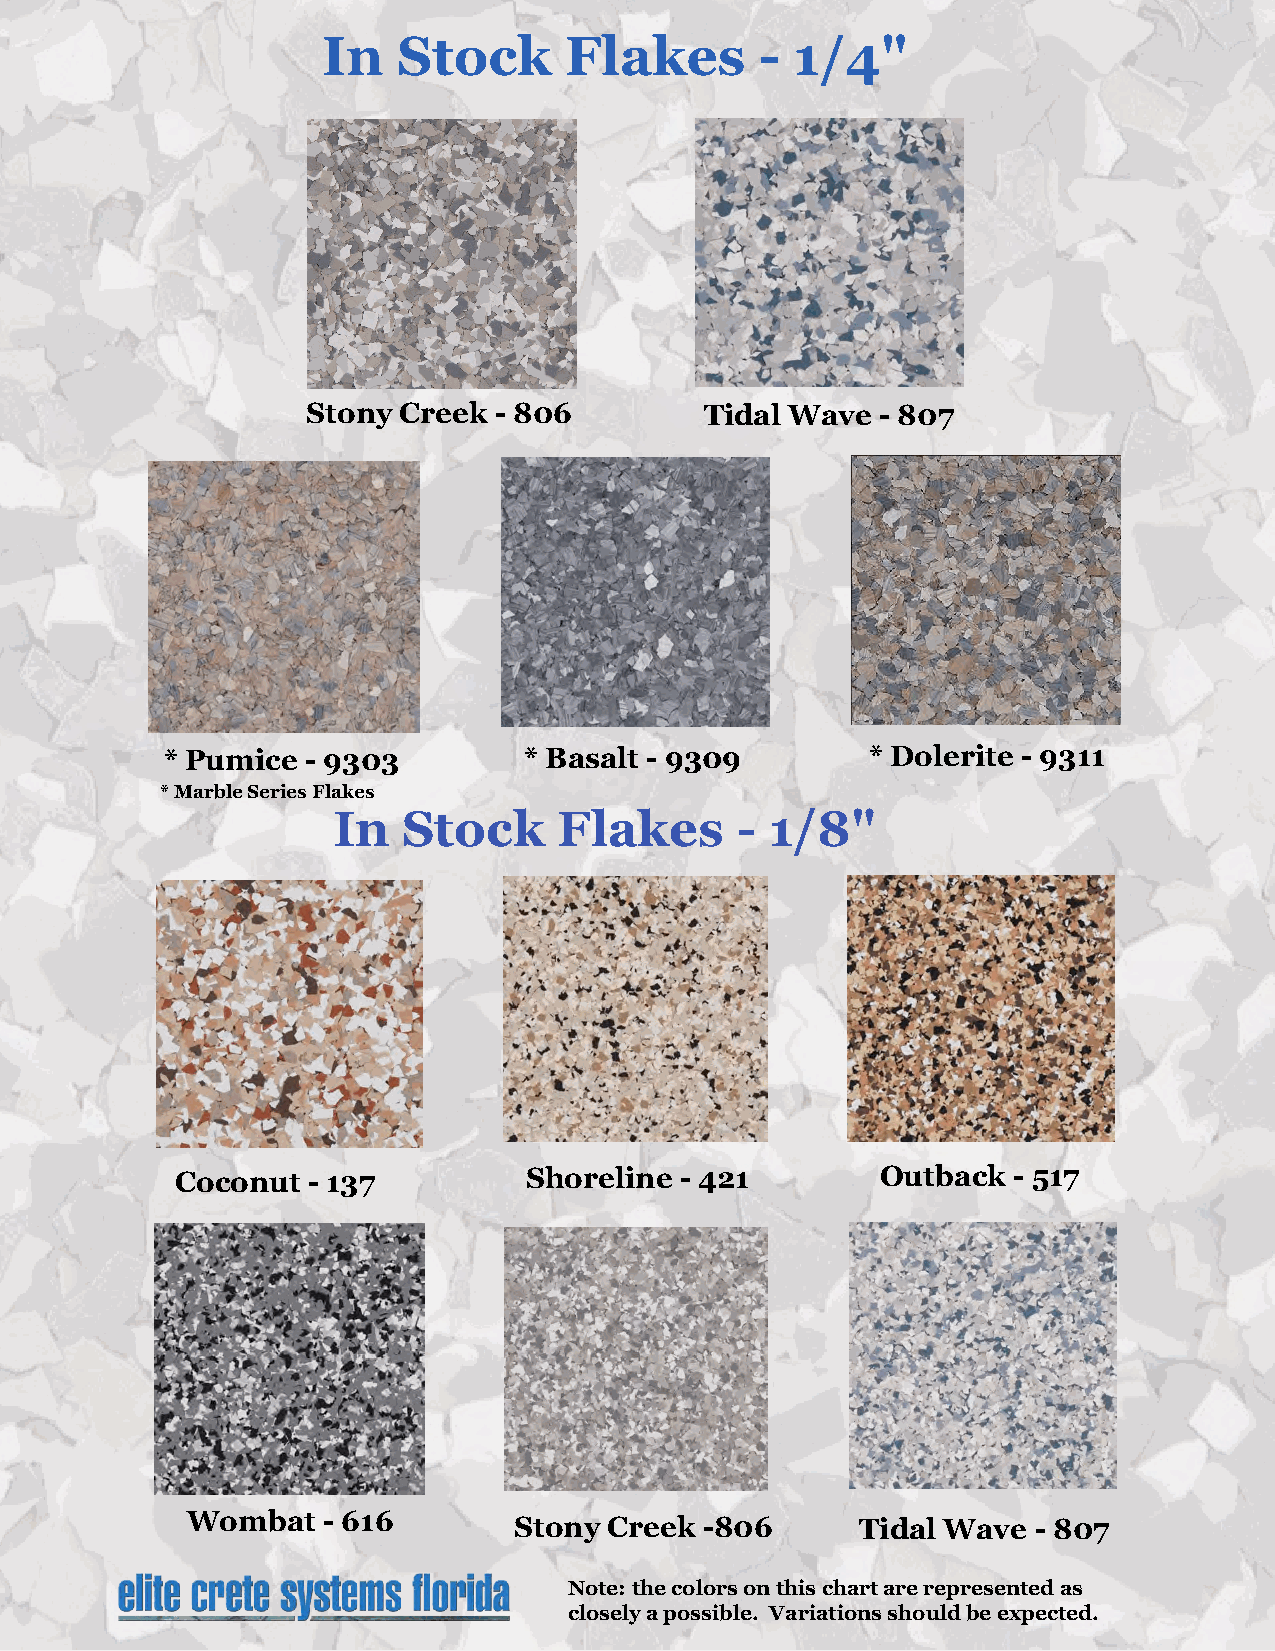
In   Stock      Flakes       -  1/4"
 Stony Creek  - 806         Tidal Wave - 807
 Elite Crete Systems
 Florida
 * Pumice - 9303         * Basalt - 9309        * Dolerite - 9311
 * Marble Series Flakes
 In   Stock     Flakes      - 1/8"
 Coconut - 137          Shoreline - 421        Outback  - 517
 Wombat   - 616        Stony Creek  -806      Tidal Wave - 807
 Note: the colors on this chart are represented as
 closely a possible. Variations should be expected.